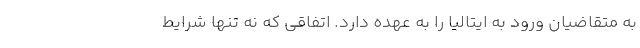
به متقاضیان ورود به ایتالیا را به عهده دارد. اتفاقی که نه تنها شرایط